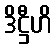
ဒိဋ္ဌီဟိ